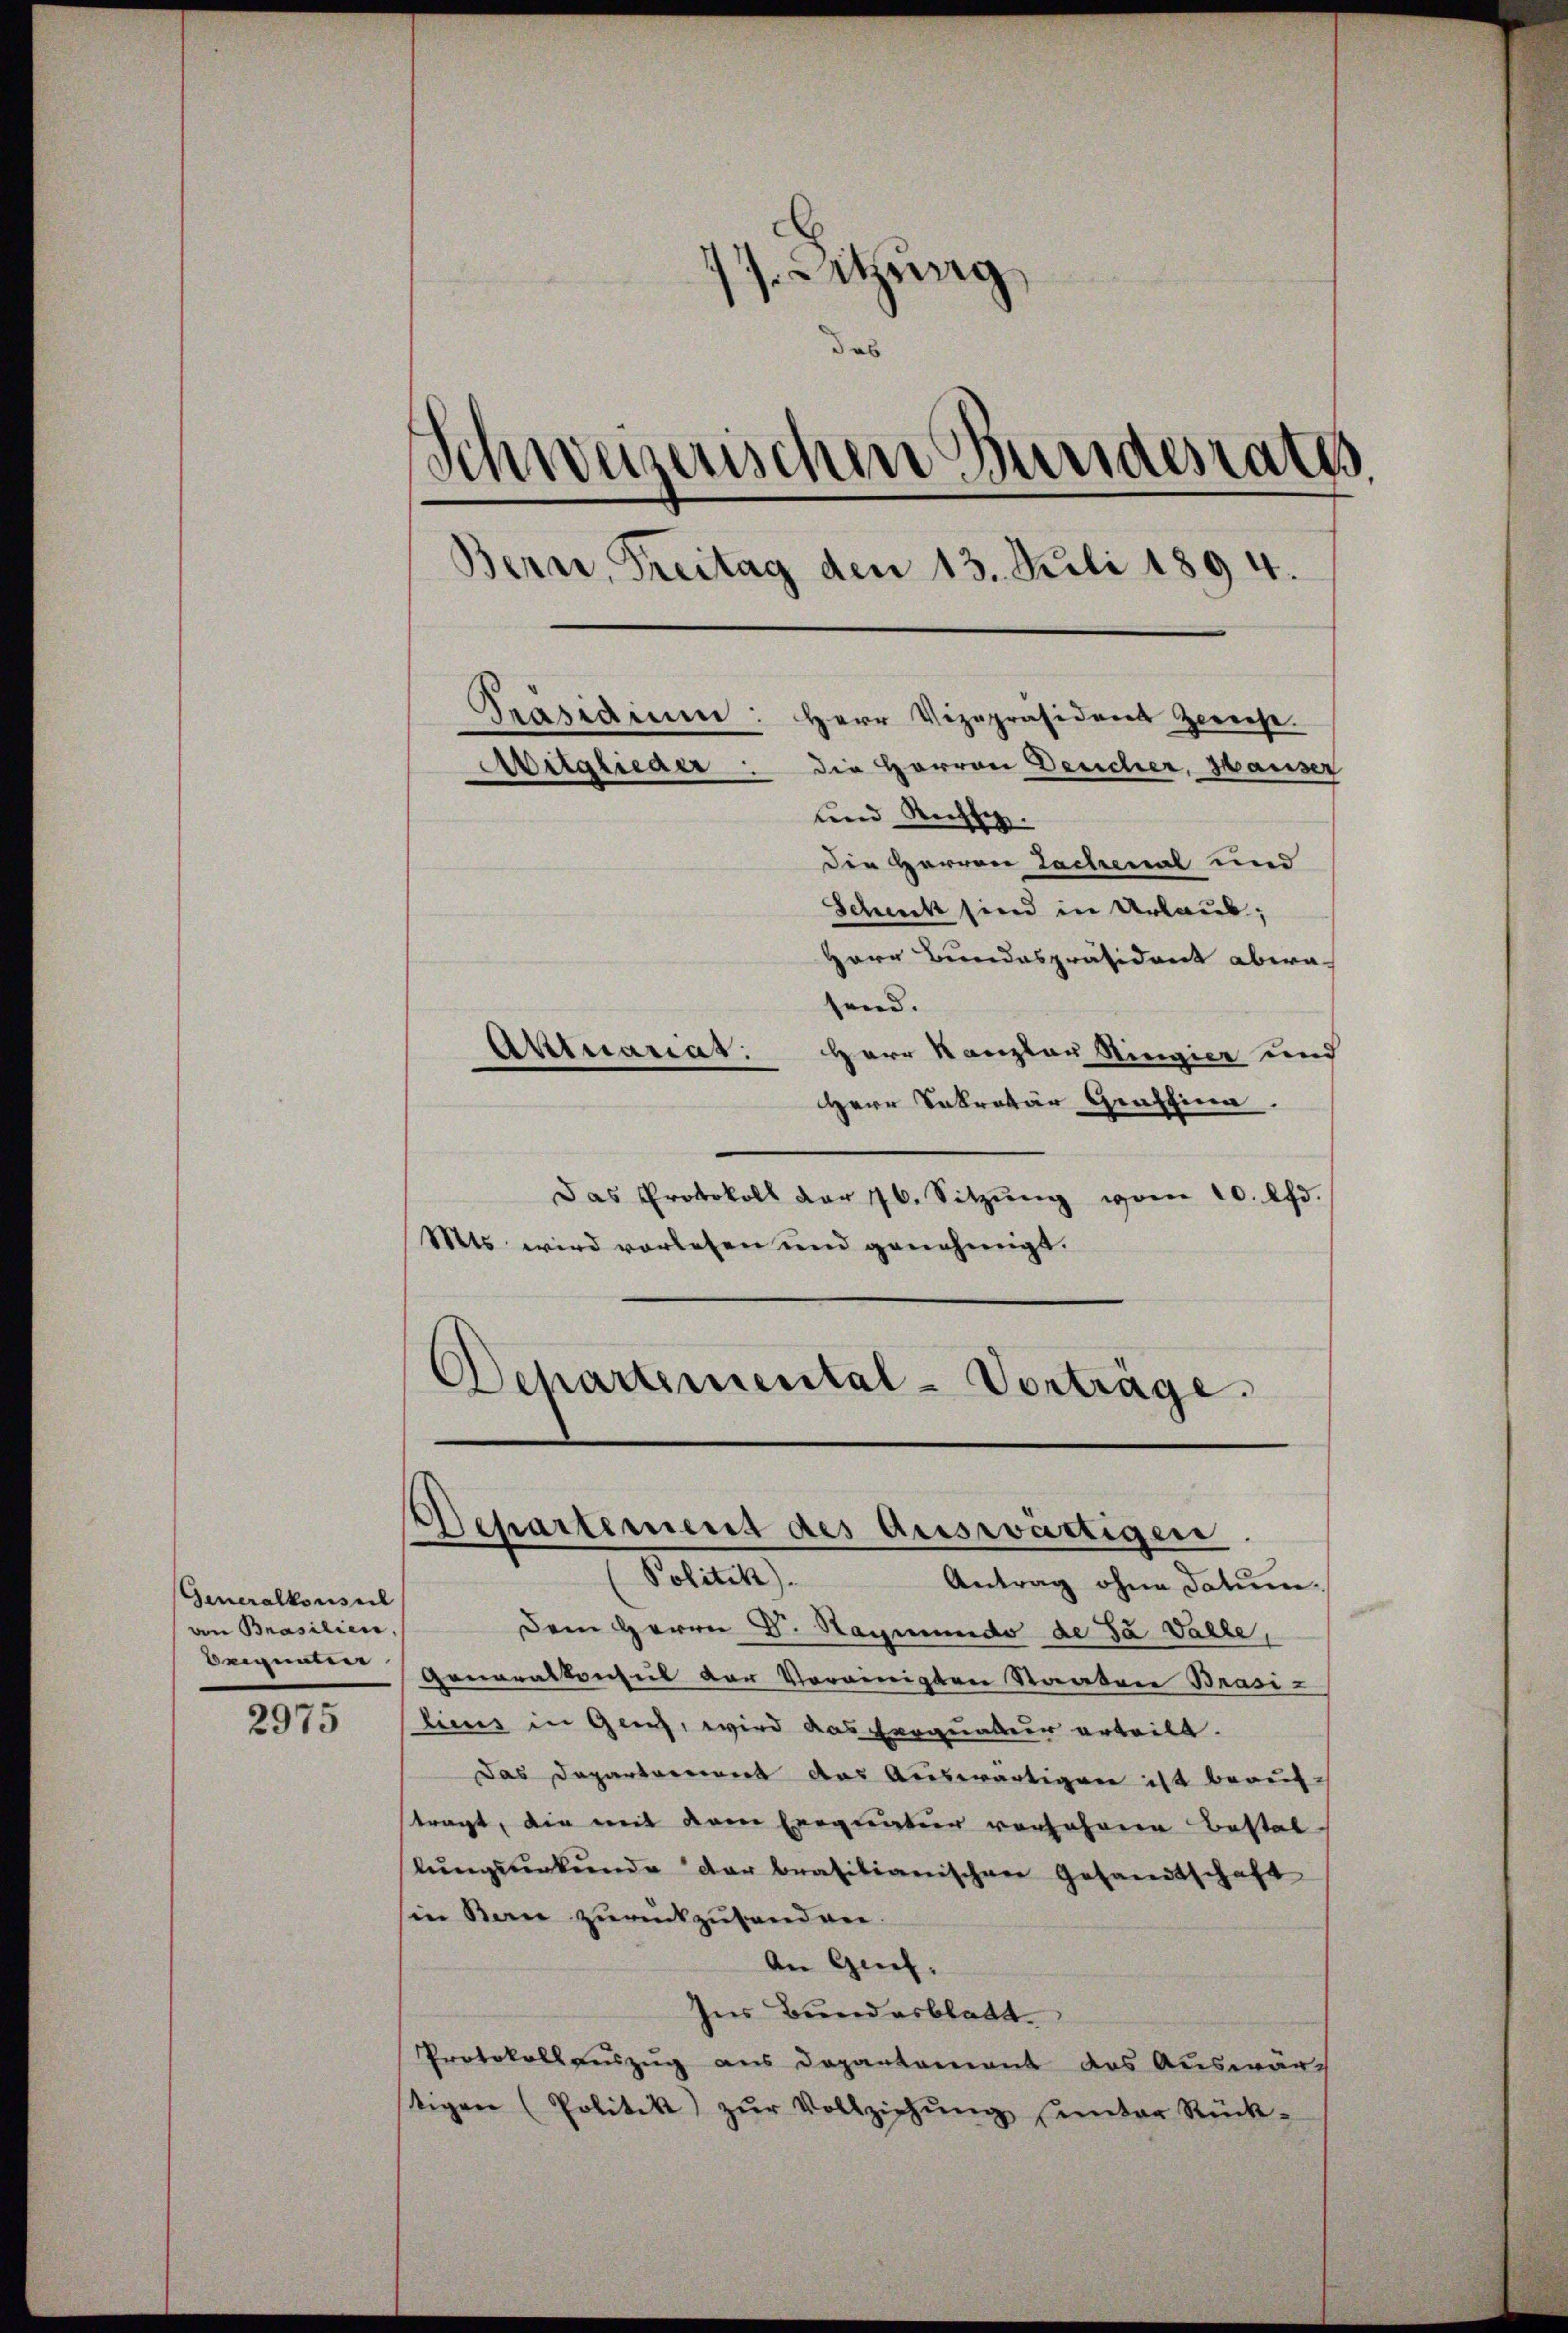
Generalkonseil
an Brasilien,
Beigneten
2975

77. Sitzung
das
Schweiserischen Bundesraths
Bern, Freitag den 13. Juli 1894.
Präsidiŭm: Herr Vizepräsident Zwiese
Avitglieder: die Herren Deucher, Hauser
und Rechtig.

Die Herren Tachenal und
Schickt sind in Urlaub,
Herr Bundespräsident abwa
send.
Aktuariat: Herr Kanzler Ringier und
Herr Sekretär Graffina.
Das Protokoll der 76. Sitzŭng von 10. lfd.
Mts wird vorlesen und genehmigt.

Departemental-Vorträge.

Behartement des auswärtigen

Politik).
Antrag ohne Datum.
Dem Herrn D. Sagmunds de Ja Valle,
Generalkonsul der Verwenigten Staaten Brasi-
lius in Genf, wird das erquatur erteilt.
Das Departarient das Auswärtigen ist beauftragt, die mit dem Exequatur vorfahrere Bestal
lŭngsurkunde der bratitianischen Gesandtschaft
in Bern zurückzusenden
An Genf.
Ins Bundesblatt
Protokollauszug aus Departement das Auswärstigen (Politik zŭr Vollziehŭng ŭnter Rück-